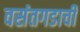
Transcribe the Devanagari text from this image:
वसंतगडाची